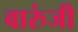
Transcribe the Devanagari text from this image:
वारुंजी